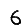
Digit: 6